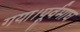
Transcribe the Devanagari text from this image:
गया।पूर्वमाघ